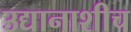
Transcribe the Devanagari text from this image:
उद्यानाशीच